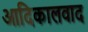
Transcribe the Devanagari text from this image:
आदिकालवाद